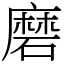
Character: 磨